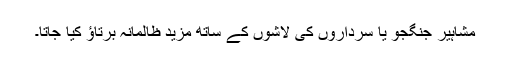
مشاہیر جنگجو یا سرداروں کی لاشوں کے ساتھ مزید ظالمانہ برتاؤ کیا جاتا۔